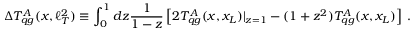
\Delta T _ { q g } ^ { A } ( x , \ell _ { T } ^ { 2 } ) \equiv \int _ { 0 } ^ { 1 } d z \frac { 1 } { 1 - z } \left[ 2 T _ { q g } ^ { A } ( x , x _ { L } ) | _ { z = 1 } - ( 1 + z ^ { 2 } ) T _ { q g } ^ { A } ( x , x _ { L } ) \right] \, .